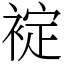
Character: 䘺